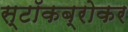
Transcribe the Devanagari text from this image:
स्टॉकब्रोकर